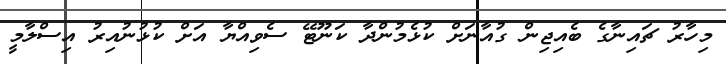
މިހާރު ޗައިނާގެ ބެއިޖިން ގުއާނަށް ކުޅެމުންދާ ކަނޫޓޭ ސެވިއްޔާ އަށް ކުޅުނުއިރު އިސްލާމީ